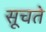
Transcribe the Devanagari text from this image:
सूचते